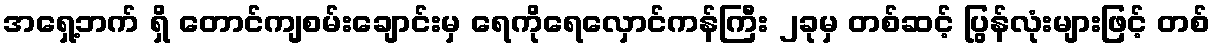
အရှေ့ဘက် ရှိ တောင်ကျစမ်းချောင်းမှ ရေကိုရေလှောင်ကန်ကြီး ၂ခုမှ တစ်ဆင့် ပြွန်လုံးများဖြင့် တစ်